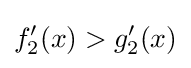
f_{2}'(x)>g_{2}'(x)